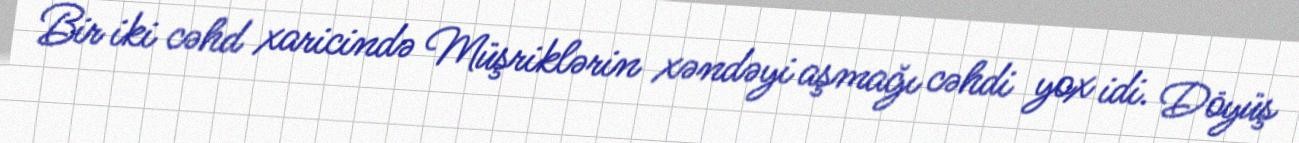
Bir iki cəhd xaricində Müşriklərin xəndəyi aşmağı cəhdi yox idi. Döyüş